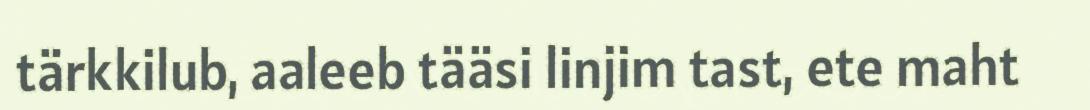
tärkkilub, aaleeb tääsi linjim tast, ete maht